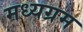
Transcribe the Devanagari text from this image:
मध्यग्रम